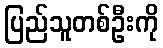
ပြည်သူတစ်ဦးကို